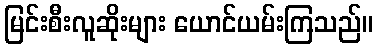
မြင်းစီးလူဆိုးများ ယောင်ယမ်းကြသည်။